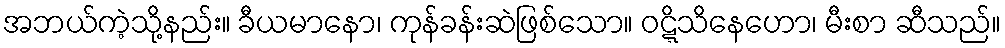
အဘယ်ကဲ့သို့နည်း။ ခီယမာနော၊ ကုန်ခန်းဆဲဖြစ်သော။ ဝဋ္ဋိသိနေဟော၊ မီးစာ ဆီသည်။